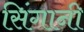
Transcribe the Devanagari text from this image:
सिंगानी